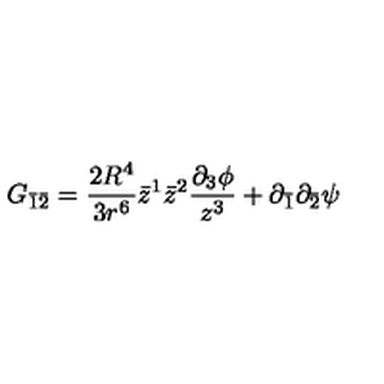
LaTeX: G _ { \bar { 1 } \bar { 2 } } = \frac { 2 R ^ { 4 } } { 3 r ^ { 6 } } \bar { z } ^ { 1 } \bar { z } ^ { 2 } \frac { \partial _ { 3 } \phi } { z ^ { 3 } } + \partial _ { \bar { 1 } } \partial _ { \bar { 2 } } \psi